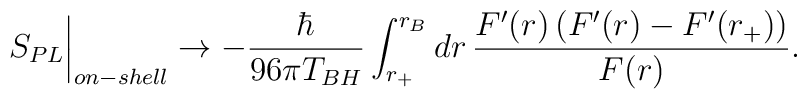
S_{PL}\biggr\vert_{on-shell} \rightarrow -\frac{\hbar}{96\pi T_{BH}}\int_{r_{+}}^{r_B} dr\, \frac{F'(r)\,\bigl(F'(r)-F'(r_{+})\bigl)}{F(r)}.